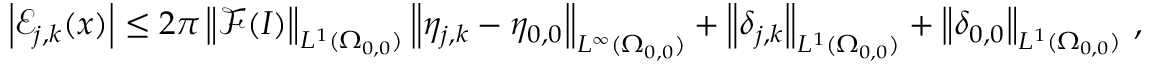
\begin{array} { r } { \left\vert \mathcal { E } _ { j , k } ( \boldsymbol { x } ) \right\vert \leq 2 \pi \left\| \mathcal { F } ( I ) \right\| _ { L ^ { 1 } ( \Omega _ { 0 , 0 } ) } \left\| \eta _ { j , k } - \eta _ { 0 , 0 } \right\| _ { L ^ { \infty } ( \Omega _ { 0 , 0 } ) } + \left\| \delta _ { j , k } \right\| _ { L ^ { 1 } ( \Omega _ { 0 , 0 } ) } + \left\| \delta _ { 0 , 0 } \right\| _ { L ^ { 1 } ( \Omega _ { 0 , 0 } ) } \, , } \end{array}